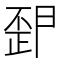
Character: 𭭪